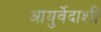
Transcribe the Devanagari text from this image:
आयुर्वेदाशी